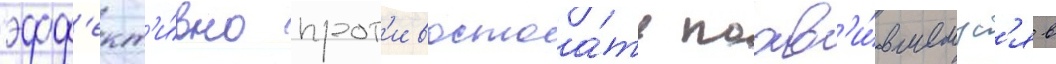
эфф'ект'и́вно прот'ивостоа́ть поав'и́вшемус'я в